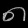
Digit: ၈